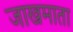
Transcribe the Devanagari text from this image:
जाखमाता